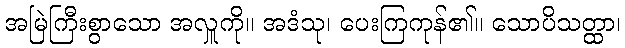
အမြဲကြီးစွာသော အလှူကို။ အဒံသု၊ ပေးကြကုန်၏။ သောပိသတ္ထာ၊